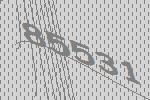
85531